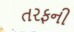
તરફની